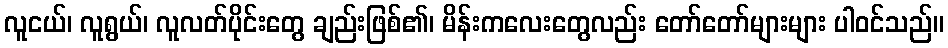
လူငယ်၊ လူရွယ်၊ လူလတ်ပိုင်းတွေ ချည်းဖြစ်၏၊ မိန်းကလေးတွေလည်း တော်တော်များများ ပါဝင်သည်။